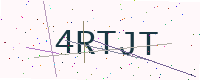
Text: 4RTJT